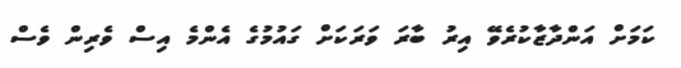
ކަމަށް އަންދާޒާކުރެވޭ އިރު ބާރަ ވަރަކަށް ގައުމުގެ އެންމެ އިސް ވެރިން ވެސް